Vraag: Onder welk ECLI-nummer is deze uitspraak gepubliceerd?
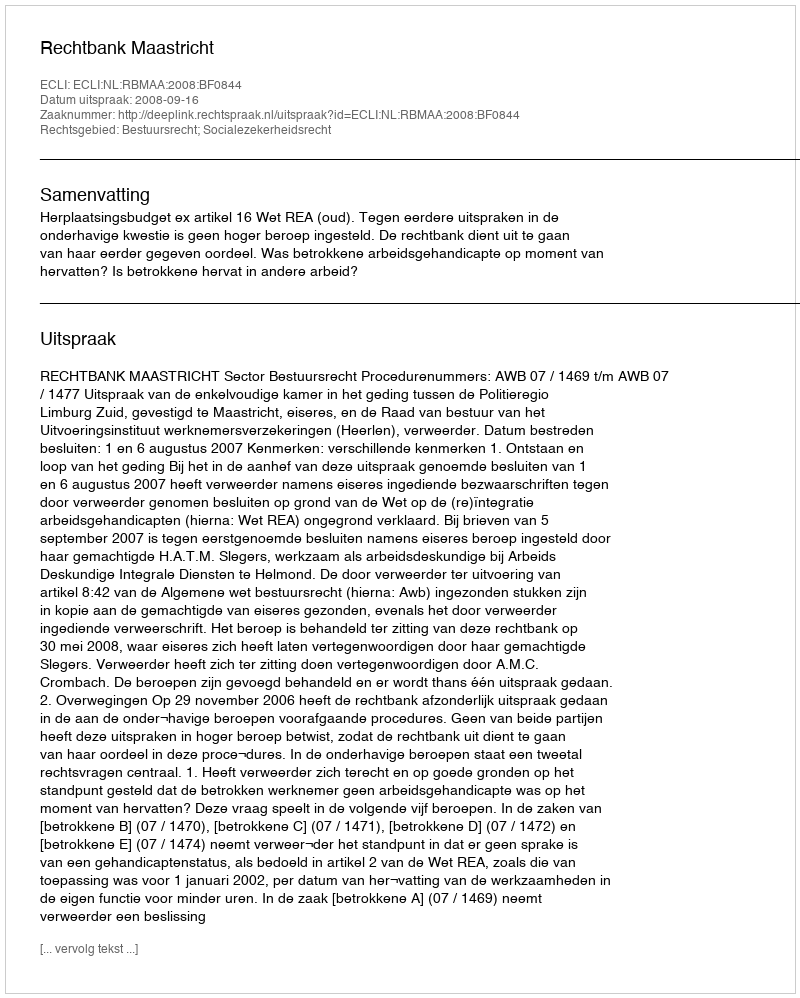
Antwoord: ECLI:NL:RBMAA:2008:BF0844